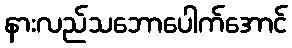
နားလည်သဘောပေါက်အောင်